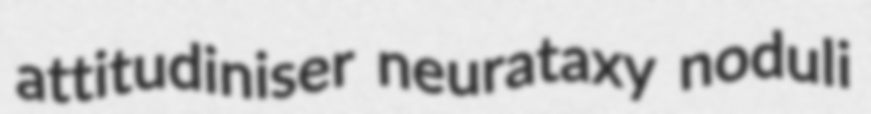
attitudiniser neurataxy noduli